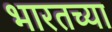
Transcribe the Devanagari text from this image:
भारतच्या